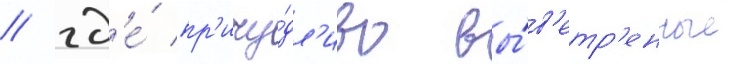
/ гд'е́ пр'ичу́дл'иво вы́в'етр'енные